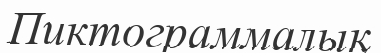
Пиктограммалық